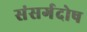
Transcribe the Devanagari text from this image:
संसर्गदोष